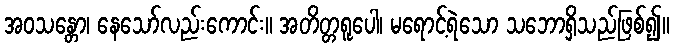
အဝသန္တော၊ နေသော်လည်းကောင်း။ အတိတ္တရူပေါ၊ မရောင့်ရဲသော သဘောရှိသည်ဖြစ်၍။